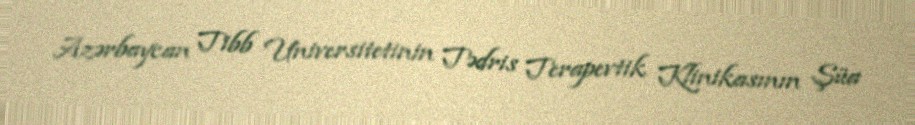
Azərbaycan Tibb Universitetinin Tədris Terapevtik Klinikasının Şüa